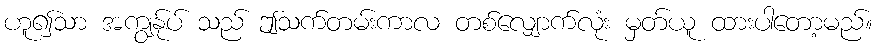
ဟူ၍သာ အကျွန်ုပ် သည် ဤသက်တမ်းကာလ တစ်လျှောက်လုံး မှတ်ယူ ထားပါတော့မည်။